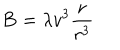
{ \bf B } = \lambda v ^ { 3 } { \frac { \bf r } { r ^ { 3 } } }